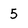
Character: 5